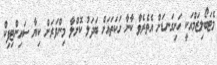
މެޓަބޯލިޒަމްއަކީ ހަށިގަނޑަށް އެތެރެވާ ކާނާ ހަކަތައަށް ބަދަލު ކޮށްލާ މިންވަރަށް ކިޔާ ސައިންޓިފިކް